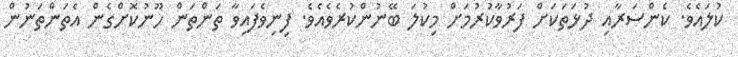
ކުލައެވެ. ކެންސަރާއި ދުޅަތަކަށް ފަރުވާކުރުމަށް މިކުލަ ބޭނުންކުރެވެއެވެ. ފިނިވެފައިވާ ތަންތަން ހޫނުކޮށްގެން އެތަންތަނުން